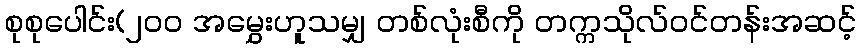
စုစုပေါင်း(၂၀၀ အမွှေးဟူသမျှ တစ်လုံးစီကို တက္ကသိုလ်ဝင်တန်းအဆင့်